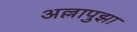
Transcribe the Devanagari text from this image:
अल्लापुझा